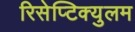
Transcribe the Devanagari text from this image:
रिसेप्टिक्युलम